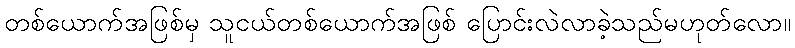
တစ်ယောက်အဖြစ်မှ သူငယ်တစ်ယောက်အဖြစ် ပြောင်းလဲလာခဲ့သည်မဟုတ်လော။